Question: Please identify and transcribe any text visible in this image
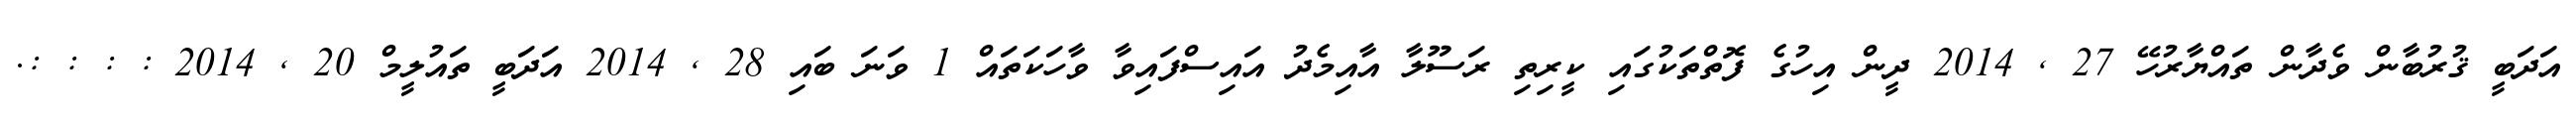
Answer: އަދަބީ ޤުރުބާން ވެދާން ތައްޔާރުހޭ 27 , 2014 ދީން އިހުގެ ފޮތްތަކުގައި ކީރިތި ރަސޫލާ އާއިމެދު އައިސްފައިވާ ވާހަކަތައް 1 ވަނަ ބައި 28 , 2014 އަދަބީ ތައުލީމް 20 , 2014 : : : :.